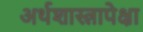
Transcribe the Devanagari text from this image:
अर्थशास्त्रापेक्षा